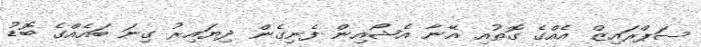
ސަޕްރައިޒް އެއްގެ ގޮތުއި އޭނާ އެޝޯއިން ފެނިގެން ދިޔައިރު ގިނަ ބައެއްގެ ބޮޑު